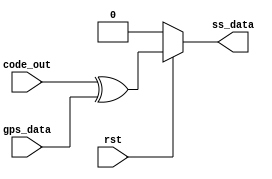
module spread_spectrum (code_out,gps_data,rst,ss_data);

input code_out;
input gps_data;
//input gps_clk;
input rst;
//reg code_out_reg,gps_data_reg,ss_en;

output wire ss_data;


assign ss_data = (rst)?code_out^gps_data:0;


//    assign dpsk = dpsk_buf ^ ss_data;


//assign ss_data = (ss_en)? code_out_reg^gps_data_reg:0;//
endmodule